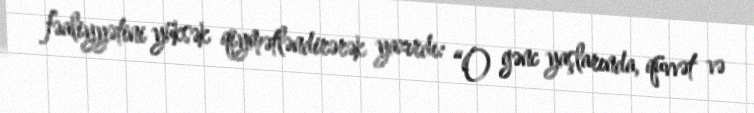
fəaliyyətini yüksək qiymətləndirərək yazırdı: “O gənc yaşlarında, qüvvət və